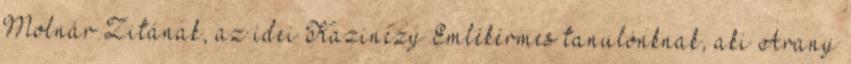
Molnár Zitának, az idei Kazinczy Emlékérmes tanulónknak, aki Arany